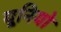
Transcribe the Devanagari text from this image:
यूनियो